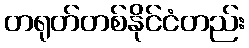
တရုတ်တစ်နိုင်ငံတည်း